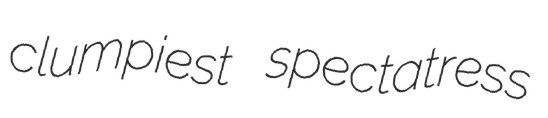
clumpiest spectatress